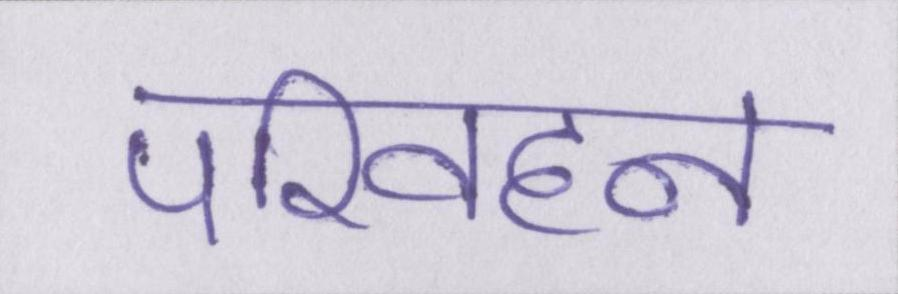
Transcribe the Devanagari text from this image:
परिवहन